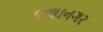
જલાનગર